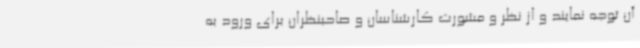
آن توجه نمایند و از نظر و مشورت کارشناسان و صاحبنظران برای ورود به